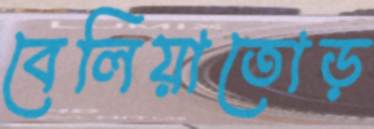
বেলিয়াতোড়